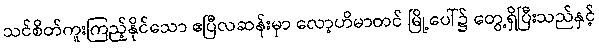
သင်စိတ်ကူးကြည့်နိုင်သော ဧပြီလဆန်းမှာ လော့ဟိမာတင် မြို့ပေါ်၌ တွေ့ရှိပြီးသည်နှင့်